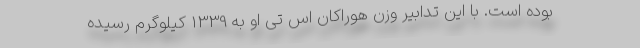
بوده است. با این تدابیر وزن هوراکان اس تی او به 1339 کیلوگرم رسیده